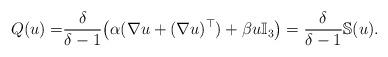
LaTeX: \begin{align*} Q(u)=&\frac{\delta}{\delta-1}\big(\alpha(\nabla u+(\nabla u)^\top)+\beta u \mathbb{I}_3\big)=\frac{\delta}{\delta-1}\mathbb{S}(u).\end{align*}